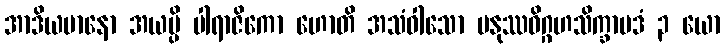
အာဒိယမာနော အယမ္ပိ ပါရာဇိကော ဟောတိ အသံဝါသော မနုဿဝိဂ္ဂဟသိက္ခာပဒံ ၃ ယော